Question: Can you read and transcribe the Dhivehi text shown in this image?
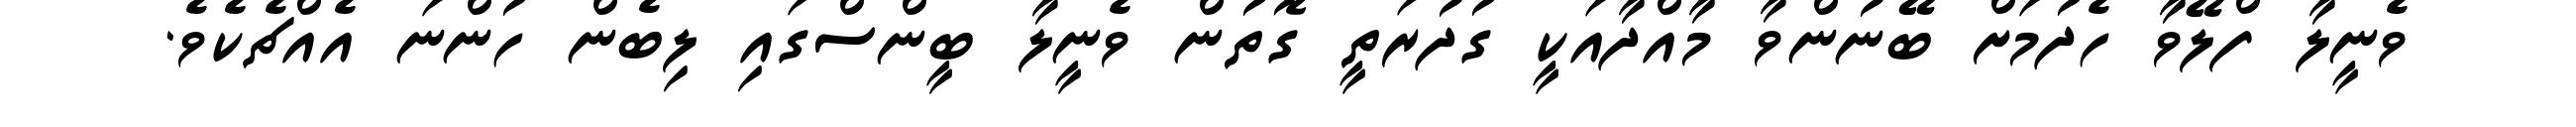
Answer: ވެނީލާ ފްލޭވާ ހެދުމަށް ބޭނުންވާ މާއްދާއަކީ ގުދުރަތީ ގޮތުން ވެނީލާ ބީންސްގައި ލިބެން ހުންނަ އެއްޗެކެވެ.